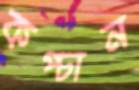
কপ্‌চান